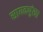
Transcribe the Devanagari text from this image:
सायकपुंखा